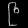
Digit: ၉